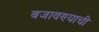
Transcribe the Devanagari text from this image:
बजावण्याची